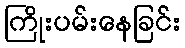
ကြိုးပမ်းနေခြင်း